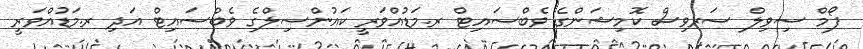
ފޯމް ސިވިލް ސަރވިސް ކޮމިޝަންގެ ވެބްސައިޓް ރ.މަޑުއްވަރީ ކައުންސިލްގެ ވެބްސައިޓް އަދި ރ.މަޑުއްވަރީ